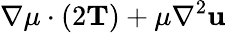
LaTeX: \nabla\mu\cdot(2\mathbf{T})+\mu\nabla^{2}\mathbf{u}